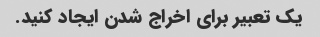
یک تعبیر برای اخراج شدن ایجاد کنید.